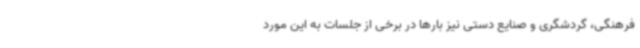
فرهنگی، گردشگری و صنایع دستی نیز بارها در برخی از جلسات به این مورد